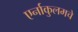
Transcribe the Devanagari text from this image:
एर्नाकुलमचे